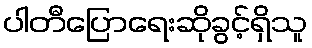
ပါတီပြောရေးဆိုခွင့်ရှိသူ